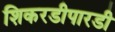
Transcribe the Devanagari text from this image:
शिकरडीपारडी